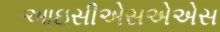
આઇસીએસએએસ